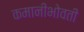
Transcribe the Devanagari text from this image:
कमानीभोवती